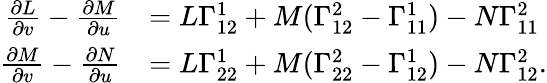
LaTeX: {\begin{array}{rl}{{\frac{\partial L}{\partial v}}-{\frac{\partial M}{\partial u}}}&{=L\Gamma_{12}^{1}+M(\Gamma_{12}^{2}-\Gamma_{11}^{1})-N\Gamma_{11}^{2}}\\ {{\frac{\partial M}{\partial v}}-{\frac{\partial N}{\partial u}}}&{=L\Gamma_{22}^{1}+M(\Gamma_{22}^{2}-\Gamma_{12}^{1})-N\Gamma_{12}^{2}.}\end{array}}